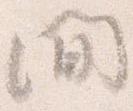
間